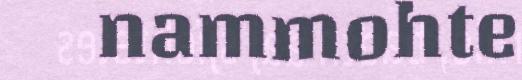
nammohte